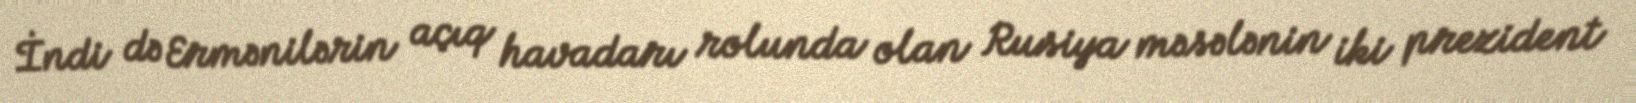
İndi də Ermənilərin açıq havadarı rolunda olan Rusiya məsələnin iki prezident